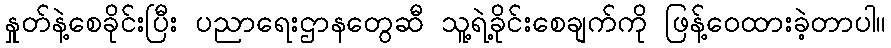
နှုတ်နဲ့စေခိုင်းပြီး ပညာရေးဌာနတွေဆီ သူ့ရဲ့ခိုင်းစေချက်ကို ဖြန့်ဝေထားခဲ့တာပါ။